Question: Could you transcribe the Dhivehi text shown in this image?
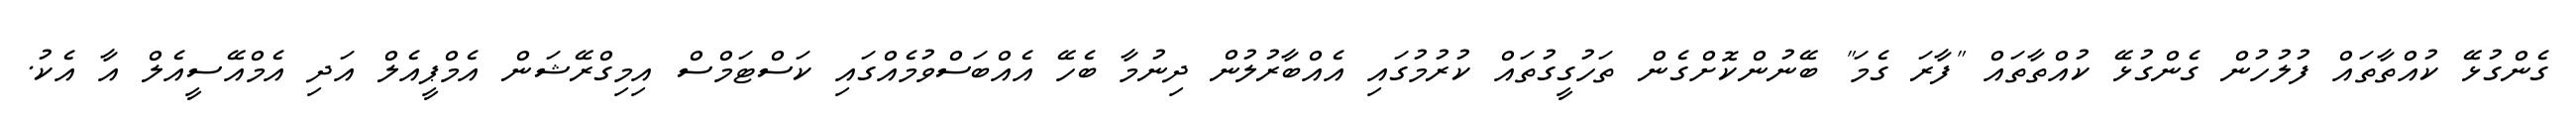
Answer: ގެންގުޅޭ ކުއްތާތައް ފުލުހުން ގެންގުޅޭ ކުއްތާތައް "ފާރަ ގެމަ" ބޭނުންކޮށްގެން ތަހުގީގުތައް ކުރުމުގައި އެއްބާރުލުން ދިނުމާ ބެހޭ އެއްބަސްވުމެއްގައި ކަސްޓަމްސް އިމިގްރޭޝަން އެމްޕީއެލް އަދި އެމްއޭސީއެލް އާ އެކު.